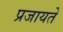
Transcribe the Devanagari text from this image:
प्रजायते